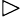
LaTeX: \vartriangleright